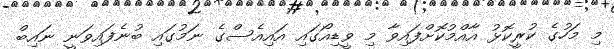
މި މަހުގެ ކުރީކޮޅު އާއްމުކޮށްފައިވާ މި ވީޑިއޯގައި އައިއެސްގެ ނަމުގައި ބުނެފައިވަނީ ނައިބް